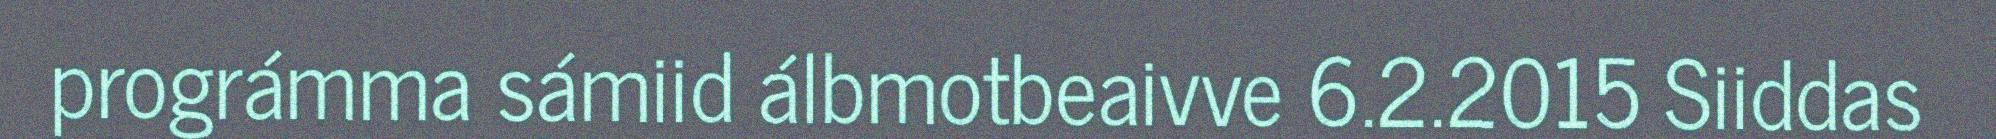
prográmma sámiid álbmotbeaivve 6.2.2015 Siiddas